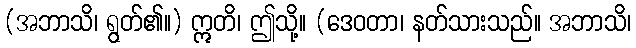
(အဘာသိ၊ ရွတ်၏။) ဣတိ၊ ဤသို့။ (ဒေဝတာ၊ နတ်သားသည်။ အဘာသိ၊